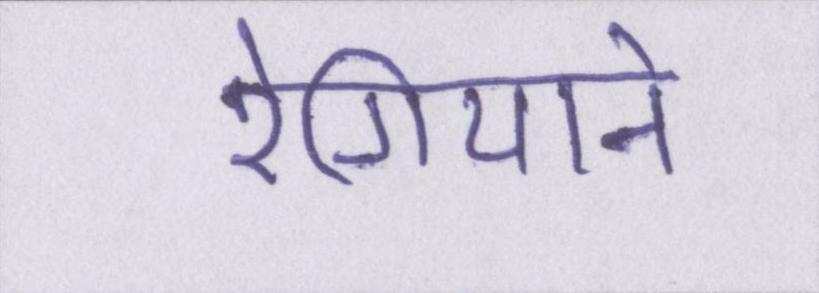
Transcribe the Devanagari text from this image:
रेगियाने